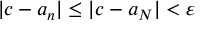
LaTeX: | c - a _ { n } | \leq | c - a _ { N } | < \varepsilon